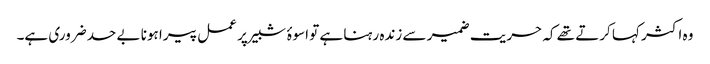
وہ اکثر کہا کرتے تھے کہ حریت ضمیر سے زندہ رہنا ہے تو اسوۂ شبیر پر عمل پیرا ہونا بے حد ضروری ہے۔